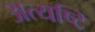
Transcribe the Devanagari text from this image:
अत्यष्टि